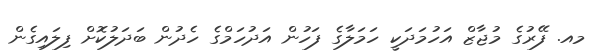
މއ. ފޭރުގެ މުޖާޒް އަހުމަދަކީ ހަމަލާގެ ފަހުން އަދުހަމްގެ ހެދުން ބަދަލުކޮށް ފިލައިގެން